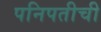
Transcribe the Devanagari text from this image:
पनिपतीची